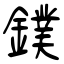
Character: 鏷